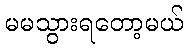
မမသွားရတော့မယ်